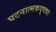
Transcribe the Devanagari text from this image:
घटनात्मकदृष्ट्या